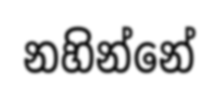
නහින්නේ